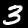
Label: 3